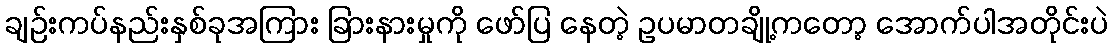
ချဉ်းကပ်နည်းနှစ်ခုအကြား ခြားနားမှုကို ဖော်ပြ နေတဲ့ ဥပမာတချို့ကတော့ အောက်ပါအတိုင်းပဲ